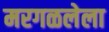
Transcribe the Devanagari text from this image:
मरगळलेला